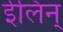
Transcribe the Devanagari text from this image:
ईलिन्